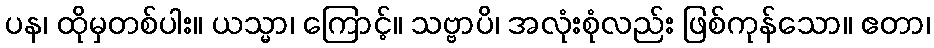
ပန၊ ထိုမှတစ်ပါး။ ယသ္မာ၊ ကြောင့်။ သဗ္ဗာပိ၊ အလုံးစုံလည်း ဖြစ်ကုန်သော။ ဧတာ၊